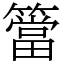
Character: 簹